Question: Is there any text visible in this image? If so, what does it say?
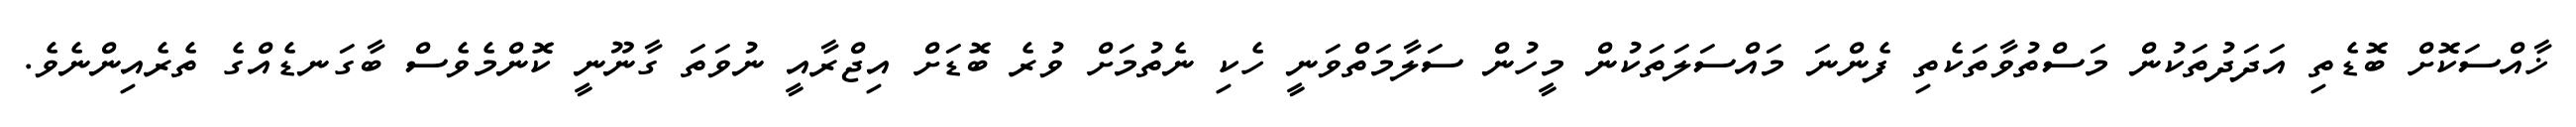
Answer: ޚާއްސަކޮށް ބޮޑެތި އަދަދުތަކުން މަސްތުވާތަކެތި ފެންނަ މައްސަލަތަކުން މީހުން ސަލާމަތްވަނީ ހެކި ނެތުމަށް ވުރެ ބޮޑަށް އިޖްރާއީ ނުވަތަ ގާނޫނީ ކޮންމެވެސް ބާގަނޑެއްގެ ތެރެއިންނެވެ.